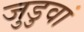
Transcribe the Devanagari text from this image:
जुडुवां